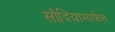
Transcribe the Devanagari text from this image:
सौदियामार्फत